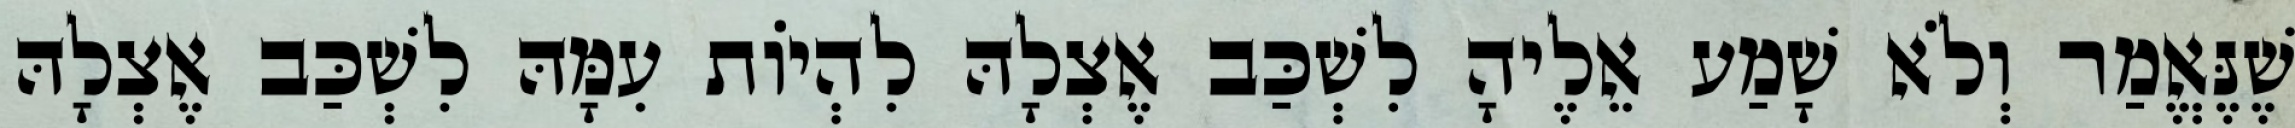
שֶׁנֶּאֱמַר וְלֹא שָׁמַע אֵלֶיהָ לִשְׁכַּב אֶצְלָהּ לִהְיוֹת עִמָּהּ לִשְׁכַּב אֶצְלָהּ